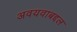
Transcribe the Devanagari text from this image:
अवयवाबद्दल